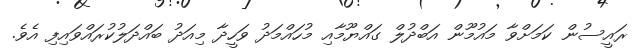
ރައީސުން ކަމަށްވާ މައުމޫން އަބްދުލް ގައްޔޫމާއި މުހައްމަދު ވަހީދާ މިއަދު ބައްދަލުކުރައްވައިފި އެވެ.